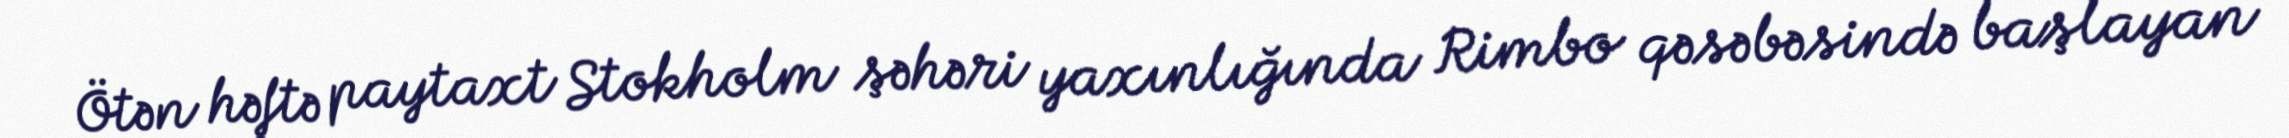
Ötən həftə paytaxt Stokholm şəhəri yaxınlığında Rimbo qəsəbəsində başlayan